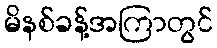
မိနစ်ခန့်အကြာတွင်